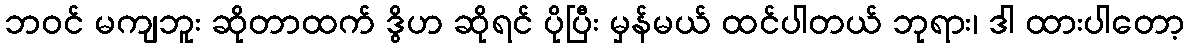
ဘဝင် မကျဘူး ဆိုတာထက် ဒွိဟ ဆိုရင် ပိုပြီး မှန်မယ် ထင်ပါတယ် ဘုရား၊ ဒါ ထားပါတော့